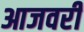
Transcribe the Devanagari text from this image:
आजवरी